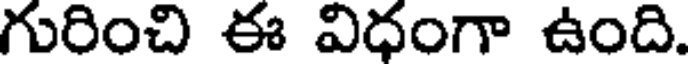
గురించి ఈ విధంగా ఉంది.